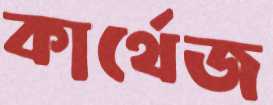
কার্থেজ